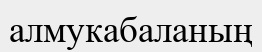
алмукабаланың